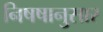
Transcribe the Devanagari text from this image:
निषषानुसार